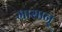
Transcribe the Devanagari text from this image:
मासान्